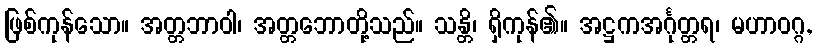
ဖြစ်ကုန်သော။ အတ္တဘာဝါ၊ အတ္တဘောတို့သည်။ သန္တိ၊ ရှိကုန်၏။ အဋ္ဌကအင်္ဂုတ္တရ၊ မဟာဝဂ္ဂ,